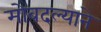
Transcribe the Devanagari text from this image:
मोबदल्याने